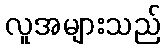
လူအများသည်